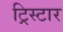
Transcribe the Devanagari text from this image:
ट्रिस्‍टार